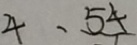
4 . 5 4